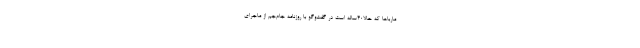
مارباها که حالا۴۰ساله است در گفت‌وگو با روزنامه جام‌جم از ماجرای